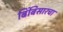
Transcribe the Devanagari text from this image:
बिंबिसारचा